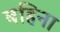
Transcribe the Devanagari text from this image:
बहिना